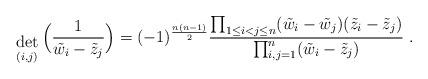
LaTeX: \begin{align*}{ \; \atop { \mbox{det} \atop {\scriptstyle (i,j)} } }\Big(\frac{1}{\tilde{w}_i - \tilde{z}_j} \Big) =(-1)^{\frac{n(n-1)}{2}}\frac{\prod_{1 \leq i < j \leq n} (\tilde{w}_i - \tilde{w}_j )( \tilde{z}_i - \tilde{z}_j ) }{\prod_{i,j = 1}^n ( \tilde{w}_i - \tilde{z}_j ) }\; .\end{align*}